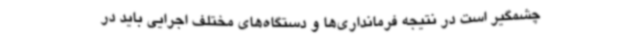
چشمگیر است در نتیجه فرمانداری‌ها و دستگاه‌های مختلف اجرایی باید در